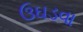
ઉઘડવા